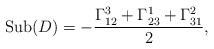
LaTeX: \begin{align*}\mathrm{Sub}(D)=-\frac{\Gamma_{12}^3+\Gamma_{23}^1+\Gamma_{31}^2}{2},\end{align*}